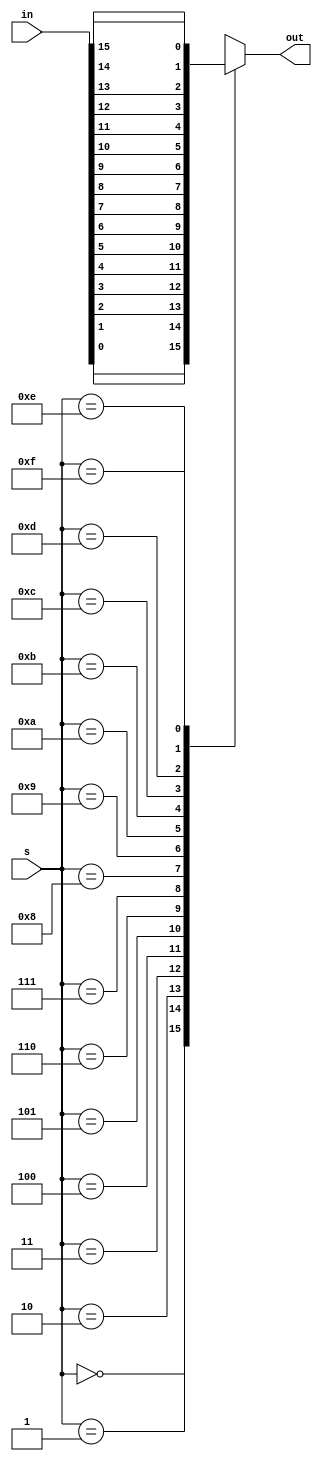
module nali_16_mux (input wire[15:0] in, input wire[3:0] s, output reg out);

always @ (1)
case(s)

	0 : out = in[0];
	1 : out = in[1];
	2 : out = in[2];
	3 : out = in[3];
	4 : out = in[4];
	5 : out = in[5];
	6 : out = in[6];
	7 : out = in[7];
	8 : out = in[8];
	9 : out = in[9];
	10: out = in[10];
	11: out = in[11];
	12: out = in[12];
	13: out = in[13];
	14: out = in[14];
	15: out = in[15];
endcase
endmodule